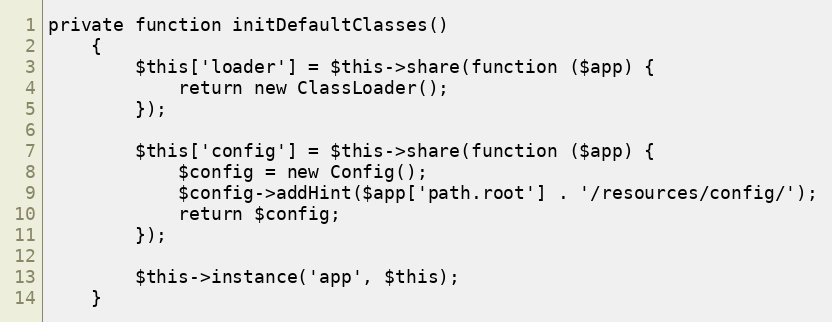
Language: PHP
private function initDefaultClasses()
	{
		$this['loader'] = $this->share(function ($app) {
			return new ClassLoader();
		});

		$this['config'] = $this->share(function ($app) {
			$config = new Config();
			$config->addHint($app['path.root'] . '/resources/config/');
			return $config;
		});

		$this->instance('app', $this);
	}